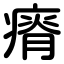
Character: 瘠